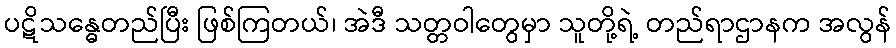
ပဋိသန္ဓေတည်ပြီး ဖြစ်ကြတယ်၊ အဲဒီ သတ္တဝါတွေမှာ သူတို့ရဲ့ တည်ရာဌာနက အလွန်